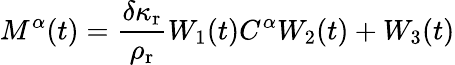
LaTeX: M^{\alpha}(t)=\frac{\delta\kappa_{\mathrm{r}}}{\rho_{\mathrm{r}}}W_{1}(t)C^{\alpha}W_{2}(t)+W_{3}(t)